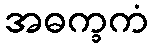
အဓက္ခကံ